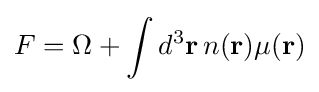
F=\Omega +\int d^{3}\mathbf {r} \,n(\mathbf {r} )\mu (\mathbf {r} )